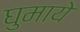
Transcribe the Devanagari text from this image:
घुमाये